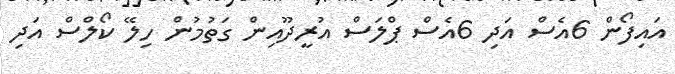
އައިފޯން 6އެސް އަދި 6އެސް ޕްލަސް އުރީދޫއިން ގަތުމުން ހިލޭ ކޯލްސް އަދި